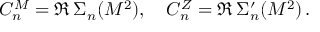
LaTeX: C _ { n } ^ { M } = \Re \, \Sigma _ { n } ( M ^ { 2 } ) , \quad C _ { n } ^ { Z } = \Re \, \Sigma _ { n } ^ { \prime } ( M ^ { 2 } ) \, .